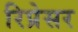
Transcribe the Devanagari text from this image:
रिप्रेसर